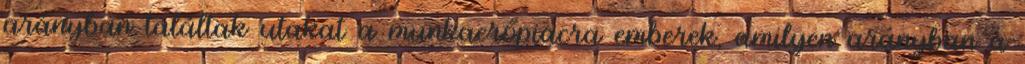
arányban találtak utakat a munkaerőpiacra emberek, amilyen arányban a